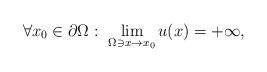
LaTeX: \begin{align*}\forall x_0\in\partial\Omega: \ \lim_{\Omega\ni x \to x_0} u(x)=+\infty , \end{align*}